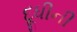
દૂધીની